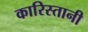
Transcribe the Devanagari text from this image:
कारिस्तानी